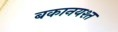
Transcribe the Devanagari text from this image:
बकानयश्त